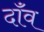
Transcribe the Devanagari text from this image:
दॉंव